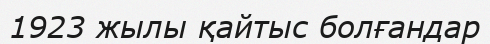
1923 жылы қайтыс болғандар